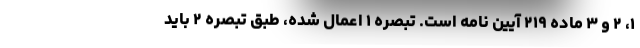
۱، ۲ و ۳ ماده ۲۱۹ آیین نامه است. تبصره ۱ اعمال شده، طبق تبصره ۲ باید